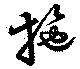
施